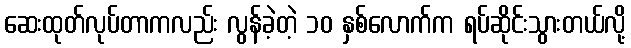
ဆေးထုတ်လုပ်တာကလည်း လွန်ခဲ့တဲ့ ၁၀ နှစ်လောက်က ရပ်ဆိုင်းသွားတယ်လို့